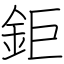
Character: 鉅